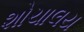
શોચાલય